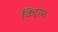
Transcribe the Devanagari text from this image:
किएफ